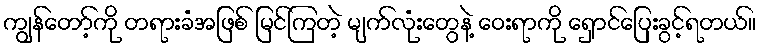
ကျွန်တော့်ကို တရားခံအဖြစ် မြင်ကြတဲ့ မျက်လုံးတွေနဲ့ ဝေးရာကို ရှောင်ပြေးခွင့်ရတယ်။